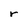
Character: r